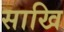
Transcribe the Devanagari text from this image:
साखि